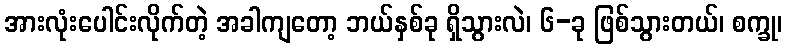
အားလုံးပေါင်းလိုက်တဲ့ အခါကျတော့ ဘယ်နှစ်ခု ရှိသွားလဲ၊ ၆-ခု ဖြစ်သွားတယ်၊ စက္ခု၊